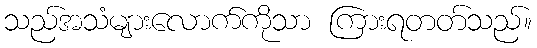
သည်အသံများလောက်ကိုသာ ကြားရတတ်သည်။